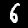
Label: 6